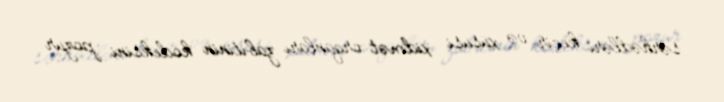
sərhədləri keçir və xüsusi xidmət orqanları zabitinin kodeksini pozur.